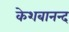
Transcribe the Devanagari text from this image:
केशबानन्द